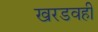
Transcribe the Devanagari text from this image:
खरडवही